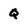
Character: Q